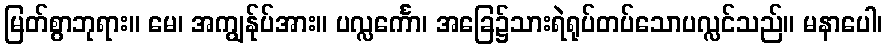
မြတ်စွာဘုရား။ မေ၊ အကျွန်ုပ်အား။ ပလ္လင်္ကော၊ အခြေ၌သားရဲရုပ်တပ်သောပလ္လင်သည်။ မနာပေါ၊